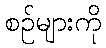
စဉ်များကို